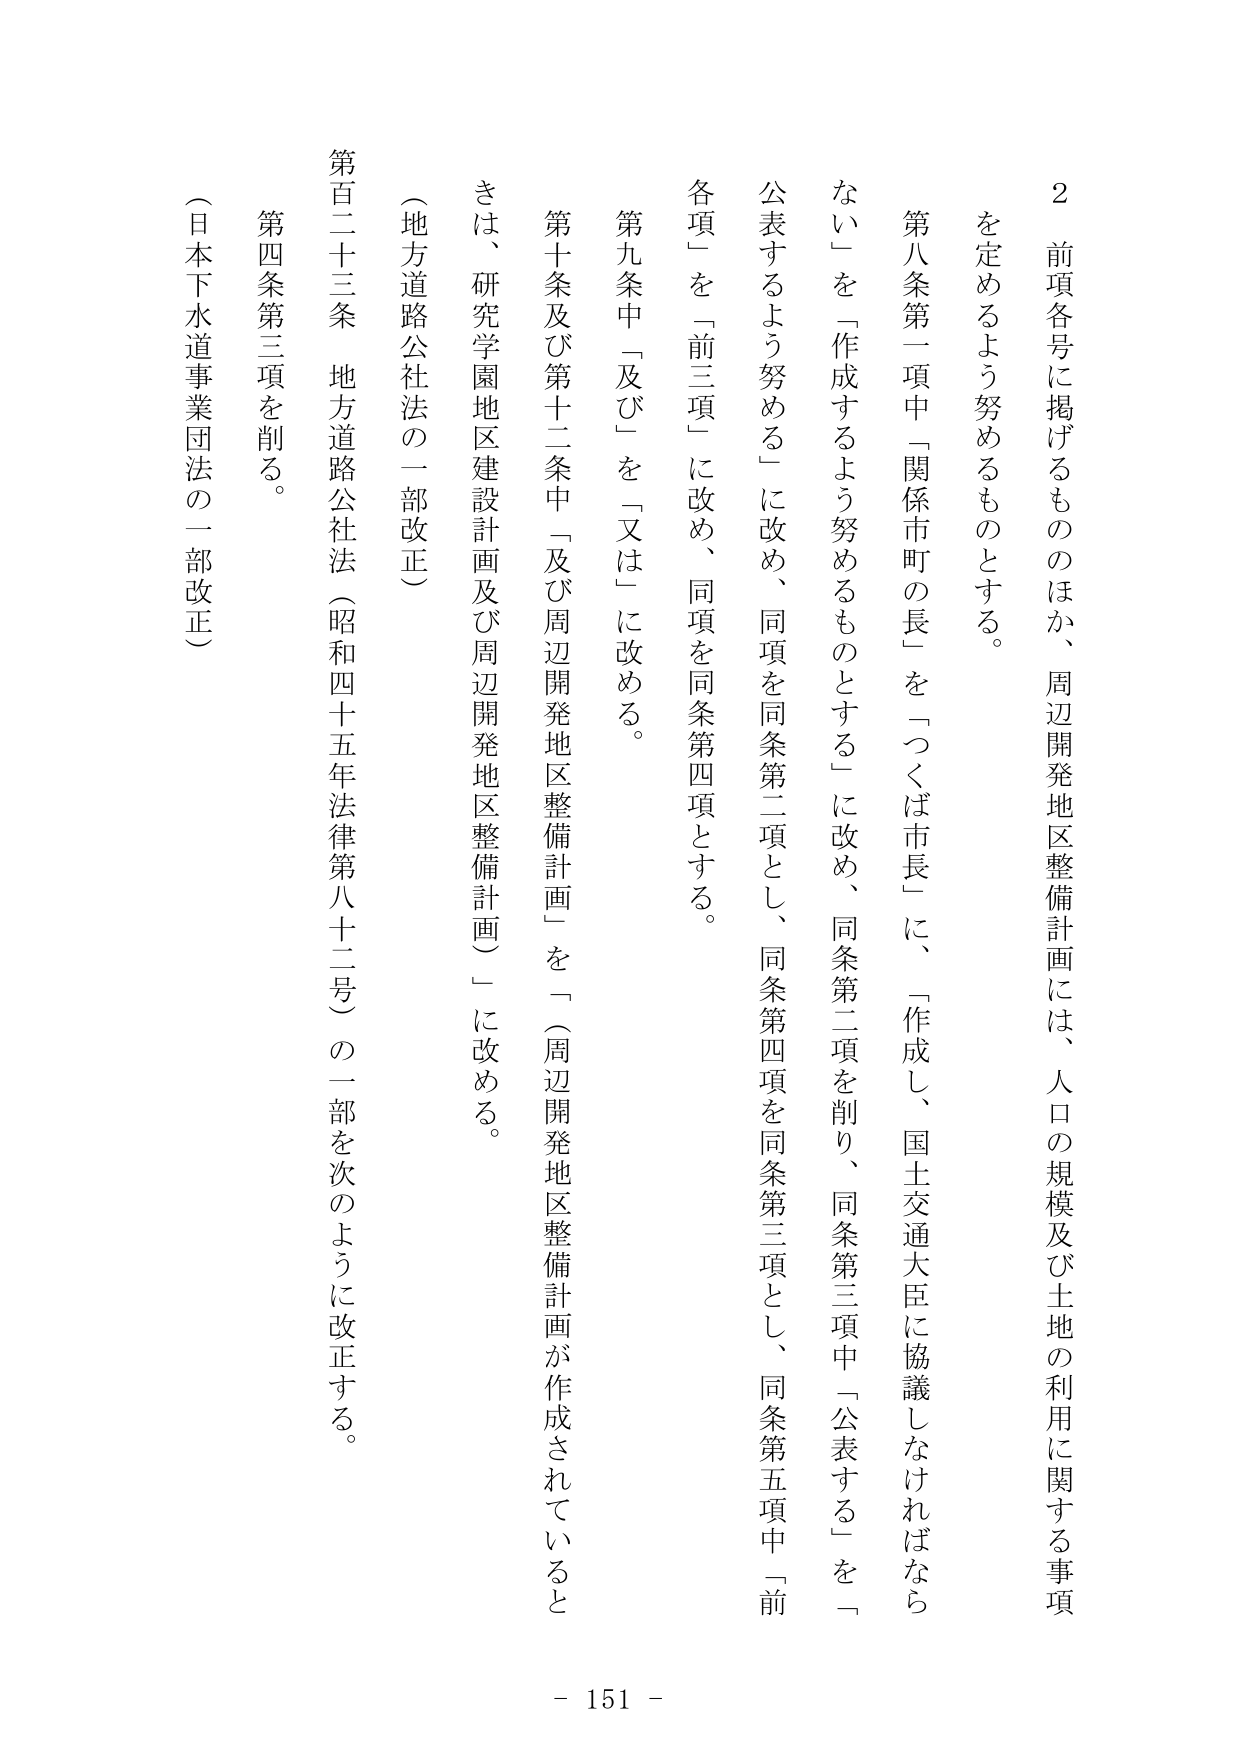
2 前項各号に掲げるもののほか、周辺開発地区整備計画には、人口の規模及び土地の利用に関する事項を定めるよう努めるものとする。

第八条第一項中「関係市町の長」を「つくば市長」に、「作成し、国土交通大臣に協議しなければならない」を「作成するよう努めるものとする」に改め、同条第二項を削り、同条第三項中「公表する」を「公表するよう努める」に改め、同項を同条第二項とし、同条第四項を同条第三項とし、同条第五項中「前各項」を「前三項」に改め、同項を同条第四項とする。

第九条中「及び」を「又は」に改める。

第十条及び第十二条中「及び周辺開発地区整備計画」を「（周辺開発地区整備計画が作成されているときは、研究学園地区建設計画及び周辺開発地区整備計画）」に改める。

（地方道路公社法の一部改正）

第百二十三条 地方道路公社法（昭和四十五年法律第八十二号）の一部を次のように改正する。

第四条第三項を削る。

（日本下水道事業団法の一部改正）

- 151 -